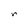
Character: r